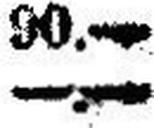
—.—